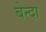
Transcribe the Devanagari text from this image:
बेन्दा